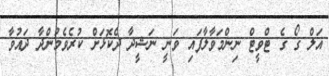
އަލް ގޯ ގެ ޓްވީޓް ނިންމަވާލާފައި ވަނީ ނަޝީދާ ދެކޮޅަށް ކުރެވެމުންދާ ދައުވާ